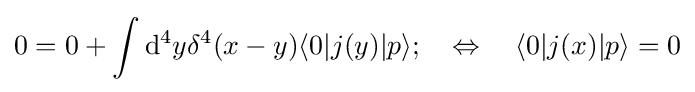
0=0+\int \mathrm {d} ^{4}y\delta ^{4}(x-y)\langle 0|j(y)|p\rangle ;\quad \Leftrightarrow \quad \langle 0|j(x)|p\rangle =0